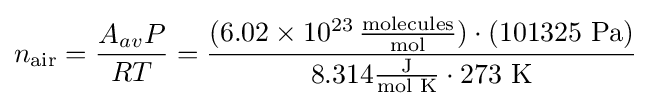
n_{\text{air}}={\frac {A_{av}P}{RT}}={\frac {(6.02\times 10^{23}\,{\frac {\text{molecules}}{\text{mol}}})\cdot (101325~{\text{Pa}})}{8.314{\frac {\text{J}}{\text{mol K}}}\cdot 273~{\text{K}}}}